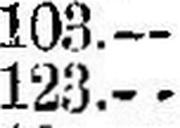
123.—